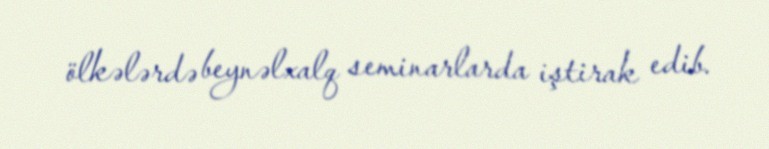
ölkələrdə beynəlxalq seminarlarda iştirak edib.